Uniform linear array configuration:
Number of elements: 64
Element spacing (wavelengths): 1
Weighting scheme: hamming
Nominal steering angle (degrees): -30
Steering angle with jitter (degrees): -30.756
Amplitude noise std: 0.05
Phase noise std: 0.05

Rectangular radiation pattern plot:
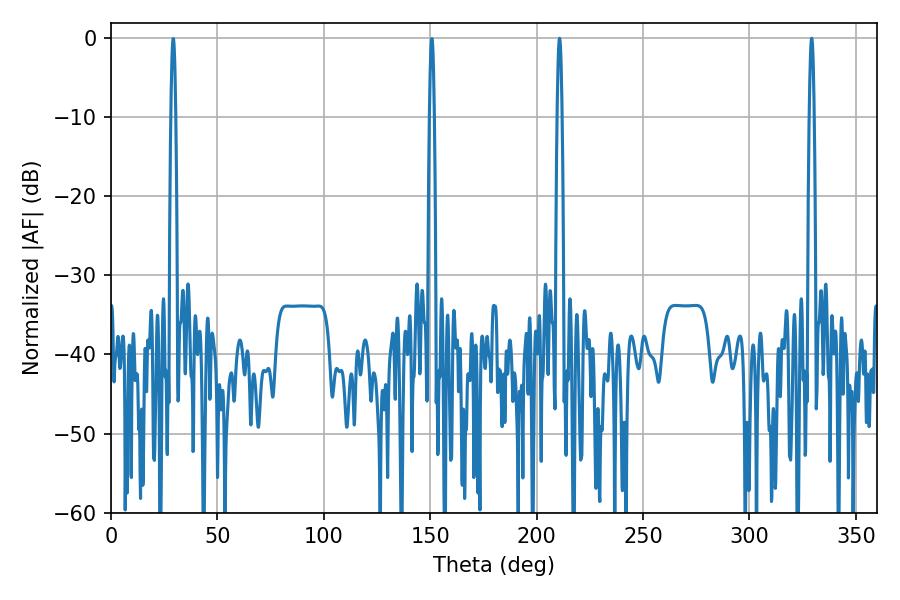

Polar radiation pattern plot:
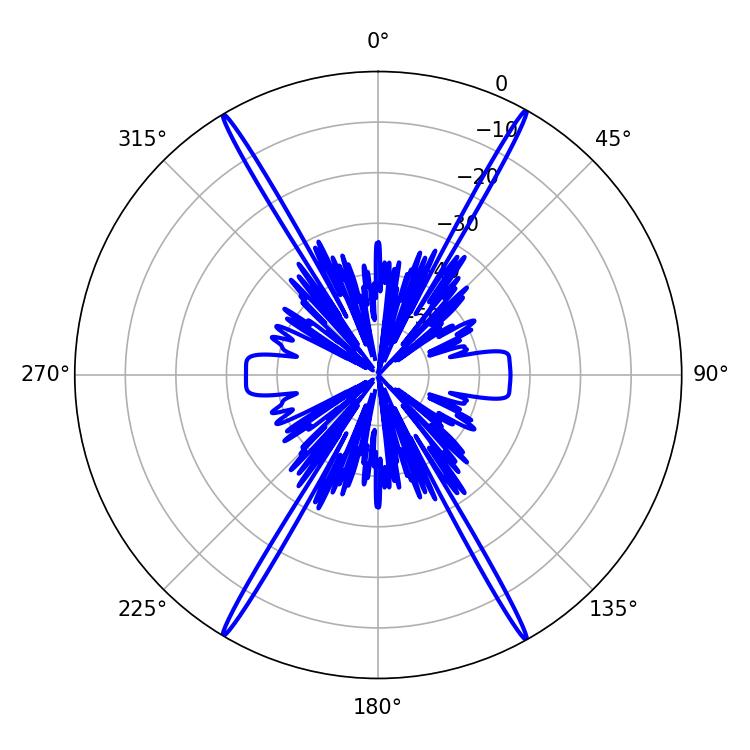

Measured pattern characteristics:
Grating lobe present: TRUE
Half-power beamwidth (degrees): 1.08
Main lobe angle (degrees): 329.22